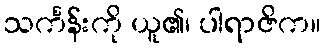
သင်္ကန်းကို ယူ၏၊ ပါရာဇိက။